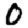
Digit: 0